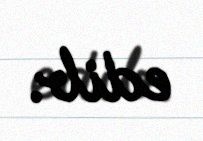
edib.